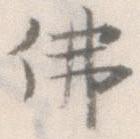
仏